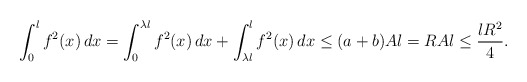
\begin{align*}\int_0^lf^2(x)\,dx=\int_0^{\lambda l}f^2(x)\,dx+\int_{\lambda l}^lf^2(x)\,dx\le(a+b)Al=RAl\le \frac{lR^2}{4}.\end{align*}